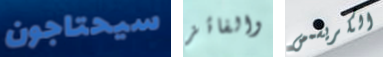
سيحتاجون والفائز الكريسمس